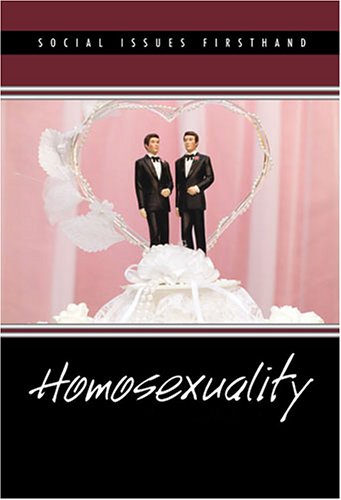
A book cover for Homosexuality (Social Issues Firsthand); David M. Haugen; Gay & Lesbian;